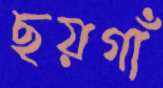
ছয়গাঁ